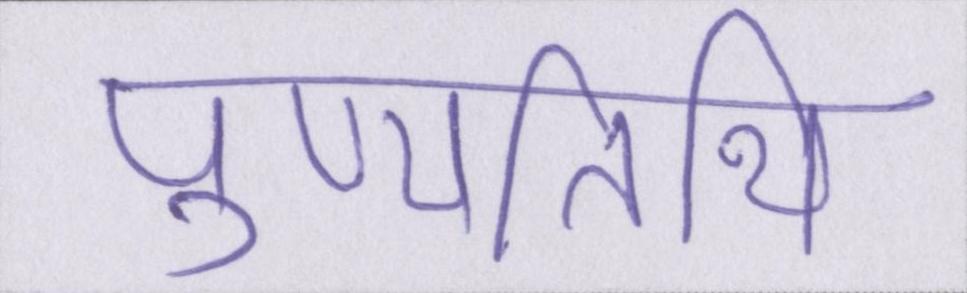
पुण्यतिथि